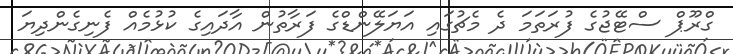
ގްރޫޕް ސްޓޭޖުގެ ފުރަތަމަ ދެ މެޗުގައި އަޔަލޭންޑްގެ ފަރާތުން އާދައިގެ ކުޅުމެއް ފެނިގެންދިޔަ